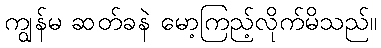
ကျွန်မ ဆတ်ခနဲ မော့ကြည့်လိုက်မိသည်။